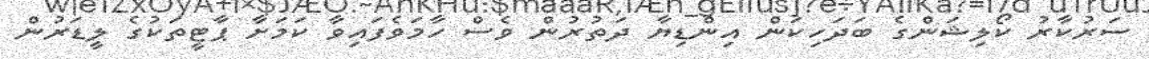
ސަރުކާރު ކޯލިޝަންގެ ބަދަހިކަން އިންޑިޔާ ދަތުރުން ވެސް ހާމަވެފައިވާ ކަމަށާ ޕާޓީތަކުގެ ލީޑަރުން